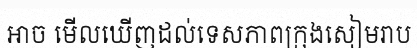
អាច មើលឃើញដល់ទេសភាពក្រុងសៀមរាប